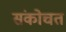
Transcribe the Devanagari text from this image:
संकोचत